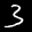
Label: 3